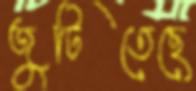
জুটিতেছে